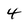
Character: 4